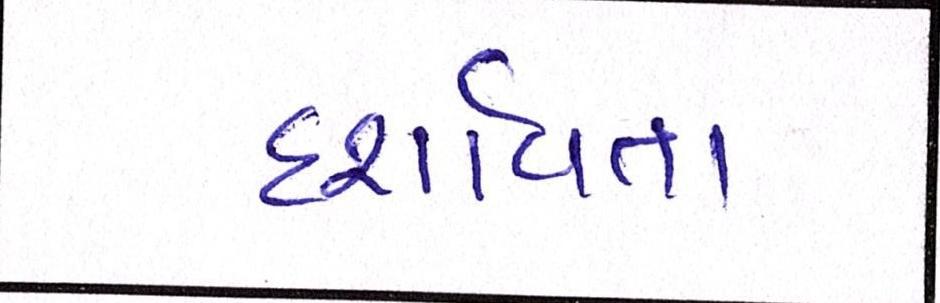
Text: દશાર્વતા